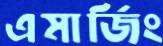
এমার্জিং